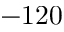
- 1 2 0